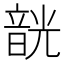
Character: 𩐣